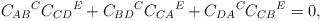
LaTeX: \begin{align*}C_{AB}{}^{C}C_{CD}{}^{E}+C_{BD}{}^{C}C_{CA}{}^{E}+C_{DA}{}^{C}C_{CB}{}^{E}=0,\end{align*}